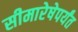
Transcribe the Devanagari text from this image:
सीमारेषेपर्यंत